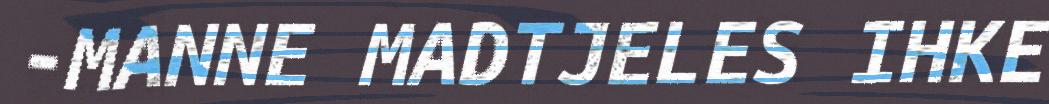
-MANNE MADTJELES IHKE